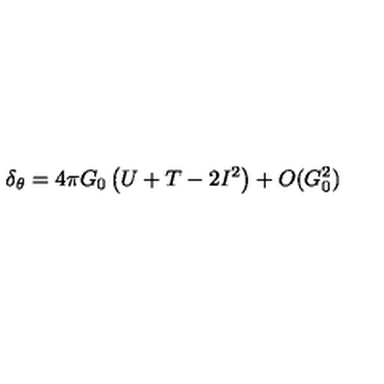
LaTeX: \delta _ { \theta } = 4 \pi G _ { 0 } \left( U + T - 2 I ^ { 2 } \right) + O ( G _ { 0 } ^ { 2 } )